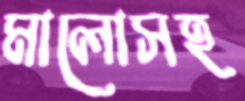
মালোসহ